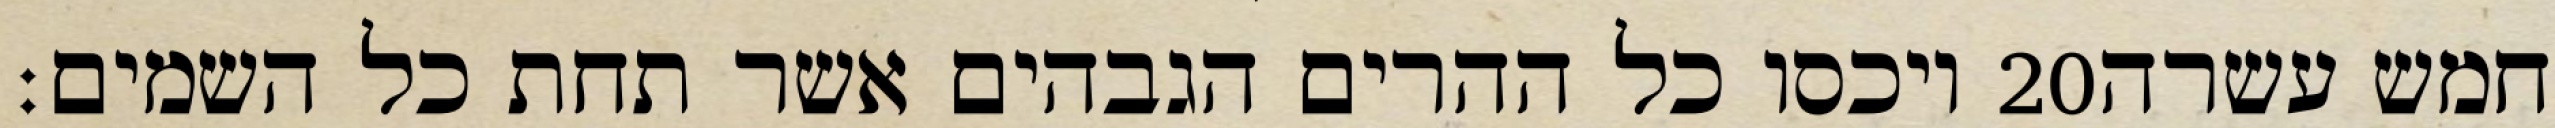
ויכסו כל ההרים הגבהים אשר תחת כל השמים׃ ‎20‏ חמש עשרה